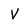
Character: V